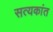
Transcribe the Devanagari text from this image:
सत्यकांत